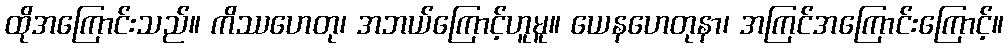
ထိုအကြောင်းသည်။ ကိဿဟေတု၊ အဘယ်ကြောင့်ဟူမူ။ ယေနဟေတုနာ၊ အကြင်အကြောင်းကြောင့်။